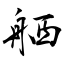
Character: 舾